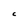
Character: C